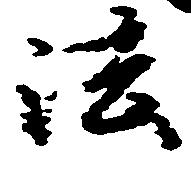
法